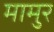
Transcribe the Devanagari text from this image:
मामुर